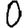
Digit: 0